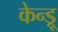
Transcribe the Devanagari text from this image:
केन्ड्रू